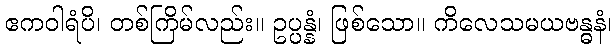
ဧကဝါရံပိ၊ တစ်ကြိမ်လည်း။ ဥပ္ပန္နံ၊ ဖြစ်သော။ ကိလေသမယဗန္ဓနံ၊